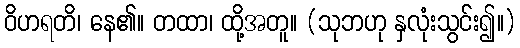
ဝိဟရတိ၊ နေ၏။ တထာ၊ ထို့အတူ။ (သုဘဟု နှလုံးသွင်း၍။)